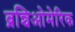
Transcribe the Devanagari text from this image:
ब्रन्चिओमेरिक